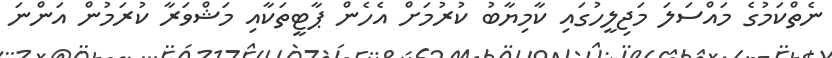
ނެތްކަމުގެ މައްސަލަ މަޖިލީހުގައި ކާމިޔާބު ކުރުމަށް އެހެން ޕާޓީތަކާއި މަޝްވަރާ ކުރަމުން އަންނަ